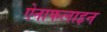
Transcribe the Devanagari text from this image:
ऐनाफलाइन